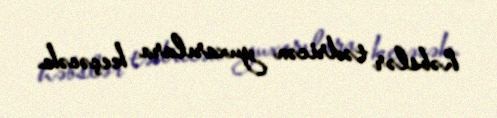
həbslər tədricən yuxarılara keçəcək.